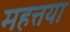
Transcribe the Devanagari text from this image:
महत्तया